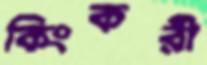
কিংকরী